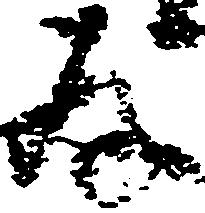
存